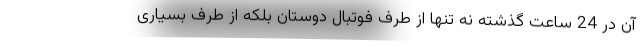
آن در 24 ساعت گذشته نه تنها از طرف فوتبال دوستان بلکه از طرف بسیاری